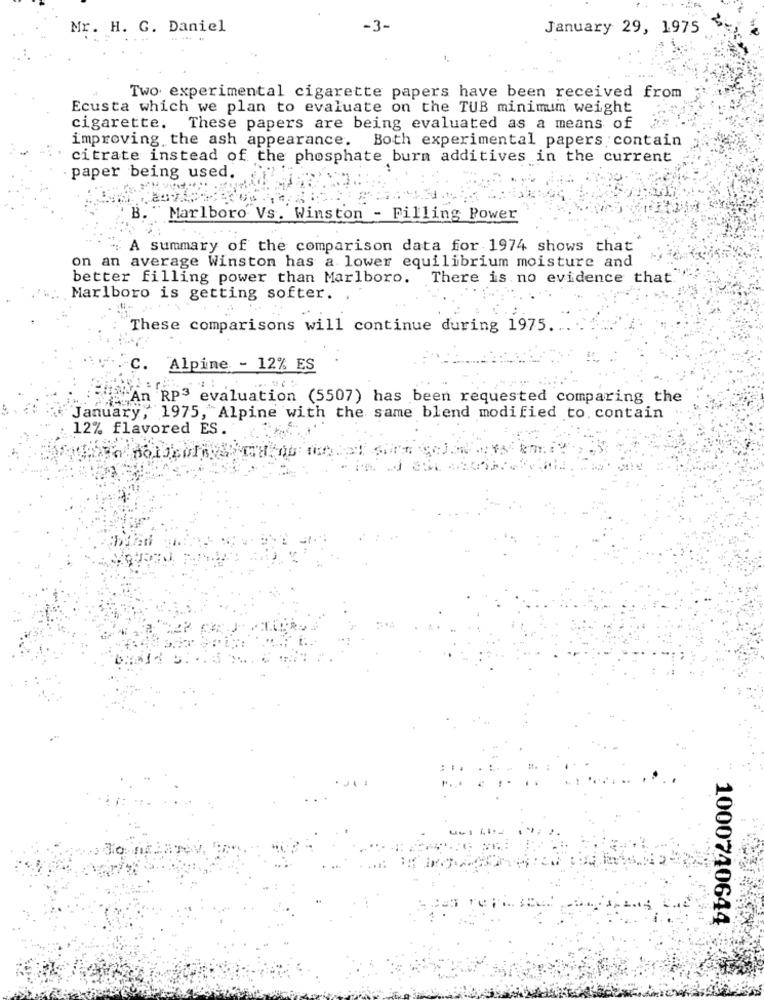
Mr. H. G. Daniel
-3-
January 29, 1975
Two experimental cigarette papers have been received from
Ecusta which we plan to evaluate on the TUB minimum weight
cigarette. These papers are being evaluated as a means of
improving the ash appearance. Both experimental papers contain
citrate instead of the phosphate burn additives in the current
paper being used.
B.
Marlboro Vs. Winston - Filling Power
A summary of the comparison data for 1974 shows that
on an average Winston has a lower equilibrium moisture and
better filling power than Marlboro. There is no evidence that."
Marlboro is getting softer.
These comparisons will continue during 1975 ..
C. Alpine - 12% ES
An RP3 evaluation (5507) has been requested comparing the
January, 1975, Alpine with the same blend modified to. contain
12% flavored ES.
1000740644